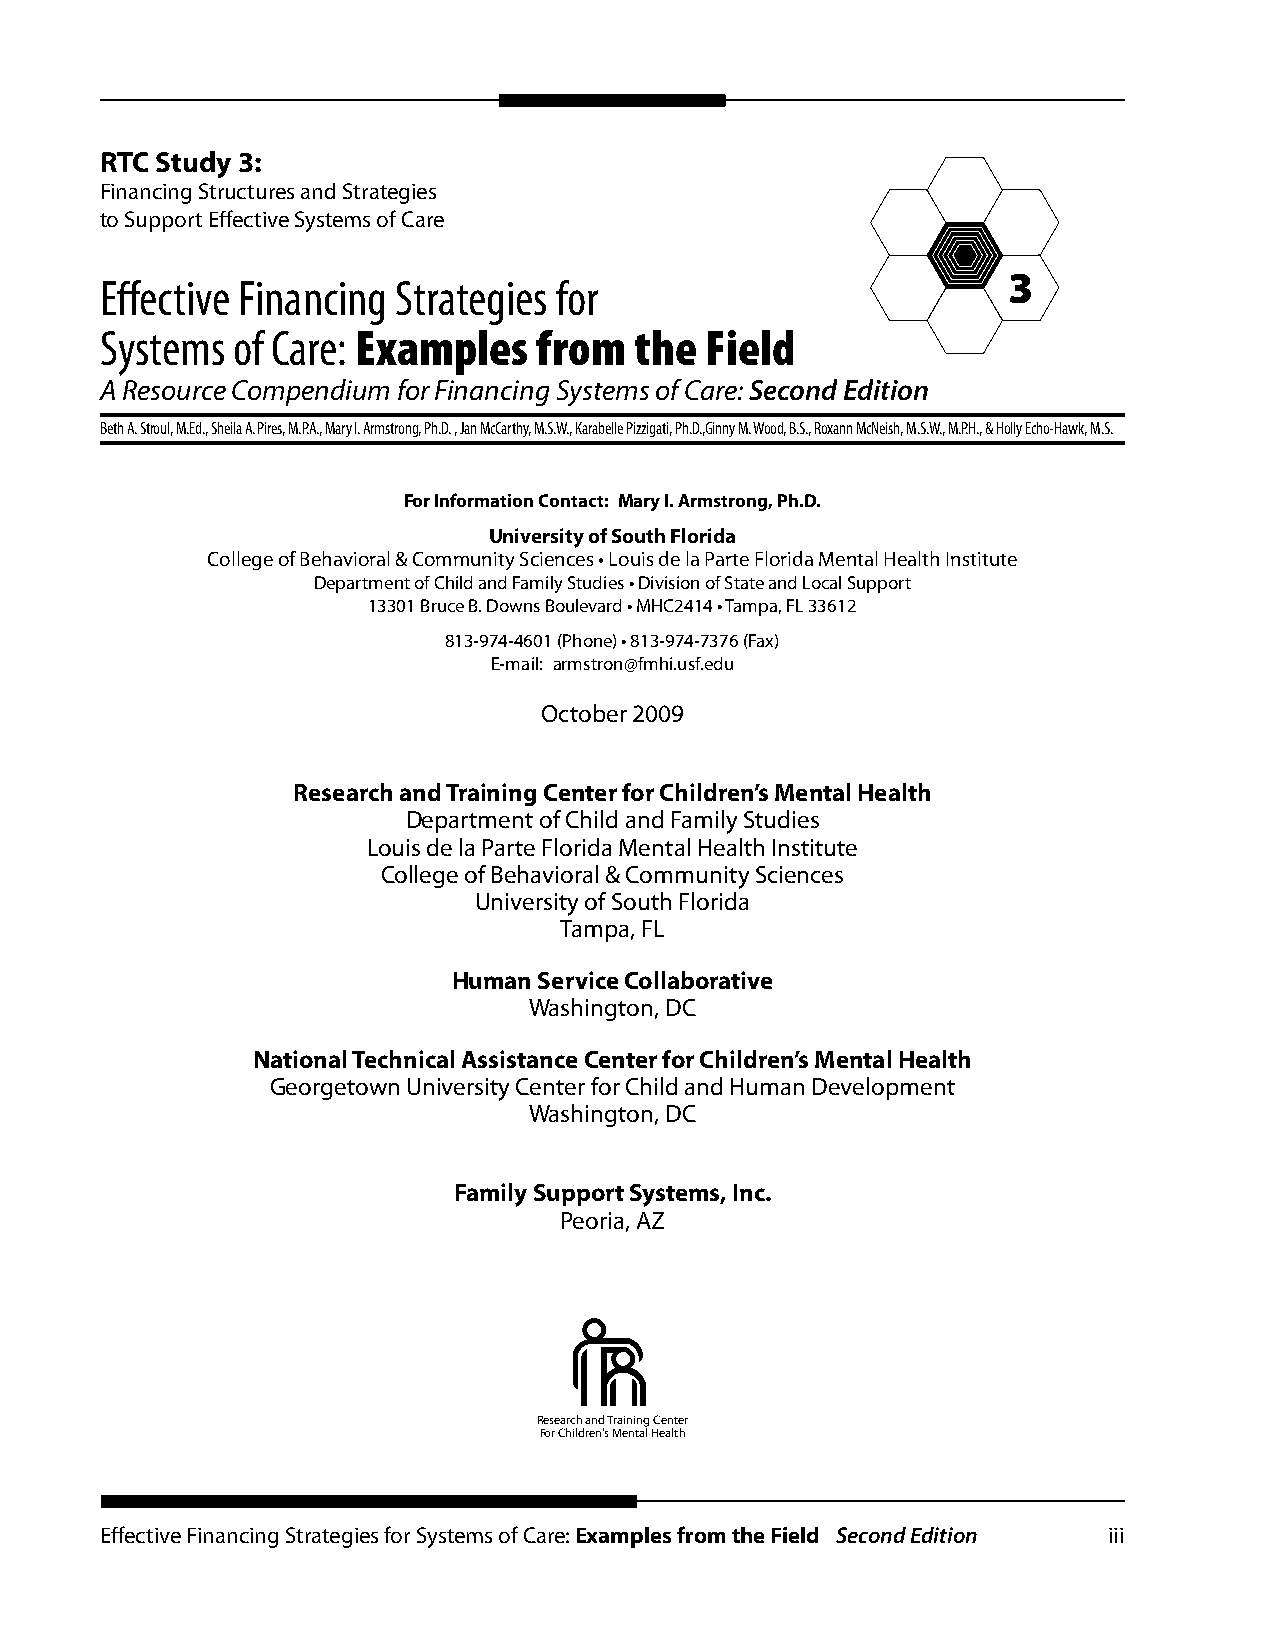
RTC Study 3:
 Financing Structures and Strategies
 to Support Effective Systems of Care
 3
 Effective Financing Strategies for
 Systems of Care: Examples    from  the  Field
 A Resource Compendium for Financing Systems of Care: Second Edition
 Beth A. Stroul, M.Ed., Sheila A. Pires, M.P.A., Mary I. Armstrong, Ph.D. , Jan McCarthy, M.S.W., Karabelle Pizzigati, Ph.D.,Ginny M. Wood, B.S., Roxann McNeish, M.S.W., M.P.H., & Holly Echo-Hawk, M.S.
 For Information Contact: Mary I. Armstrong, Ph.D.
 University of South Florida
 College of Behavioral & Community Sciences • Louis de la Parte Florida Mental Health Institute
 Department of Child and Family Studies • Division of State and Local Support
 13301 Bruce B. Downs Boulevard • MHC2414 • Tampa, FL 33612
 813-974-4601 (Phone) • 813-974-7376 (Fax)
 E-mail: armstron@fmhi.usf.edu
 October 2009
 Research and Training Center for Children’s Mental Health
 Department of Child and Family Studies
 Louis de la Parte Florida Mental Health Institute
 College of Behavioral & Community Sciences
 University of South Florida
 Tampa, FL
 Human Service Collaborative
 Washington, DC
 National Technical Assistance Center for Children’s Mental Health
 Georgetown University Center for Child and Human Development
 Washington, DC
 Family Support Systems, Inc.
 Peoria, AZ
 Research and Training Center
 For Children’s Mental Health
 Effective Financing Strategies for Systems of Care: Examples from the Field Second Edition iii